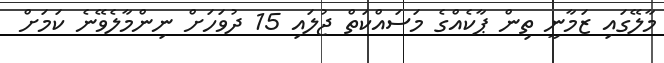
މާލޭގައި ޒަމާނީ ތިން ޕާކެއްގެ މަސައްކަތް ޖުލައި 15 ދުވަހަށް ނިންމާލެވޭނެ ކަމަށް